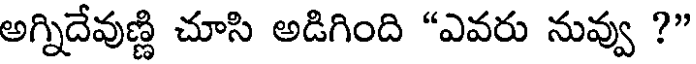
అగ్నిదేవుణ్ణి చూసి అడిగింది "ఎవరు నువ్వు ?"